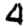
Digit: 4